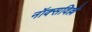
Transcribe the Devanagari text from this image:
नॉक्सविल्ले